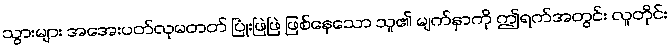
သွားများ အအေးပတ်လုမတတ် ပြုံးဖြဲဖြဲ ဖြစ်နေသော သူ၏ မျက်နှာကို ဤရက်အတွင်း လူတိုင်း